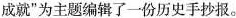
成就”为主题编辑了一份历史手抄报。